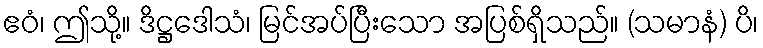
ဧဝံ၊ ဤသို့။ ဒိဋ္ဌဒေါသံ၊ မြင်အပ်ပြီးသော အပြစ်ရှိသည်။ (သမာနံ) ပိ၊